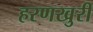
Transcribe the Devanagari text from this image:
हरणखुरी